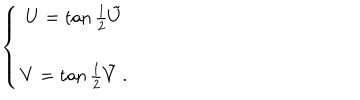
LaTeX: \left\{ \begin{array} { c } { { U = \tan { \frac { 1 } { 2 } } \tilde { U } \nonumber } } \\ { { V = \tan { \frac { 1 } { 2 } } \tilde { V } \; . } } \\ \end{array} \right.